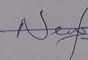
Signature authenticity: genuine